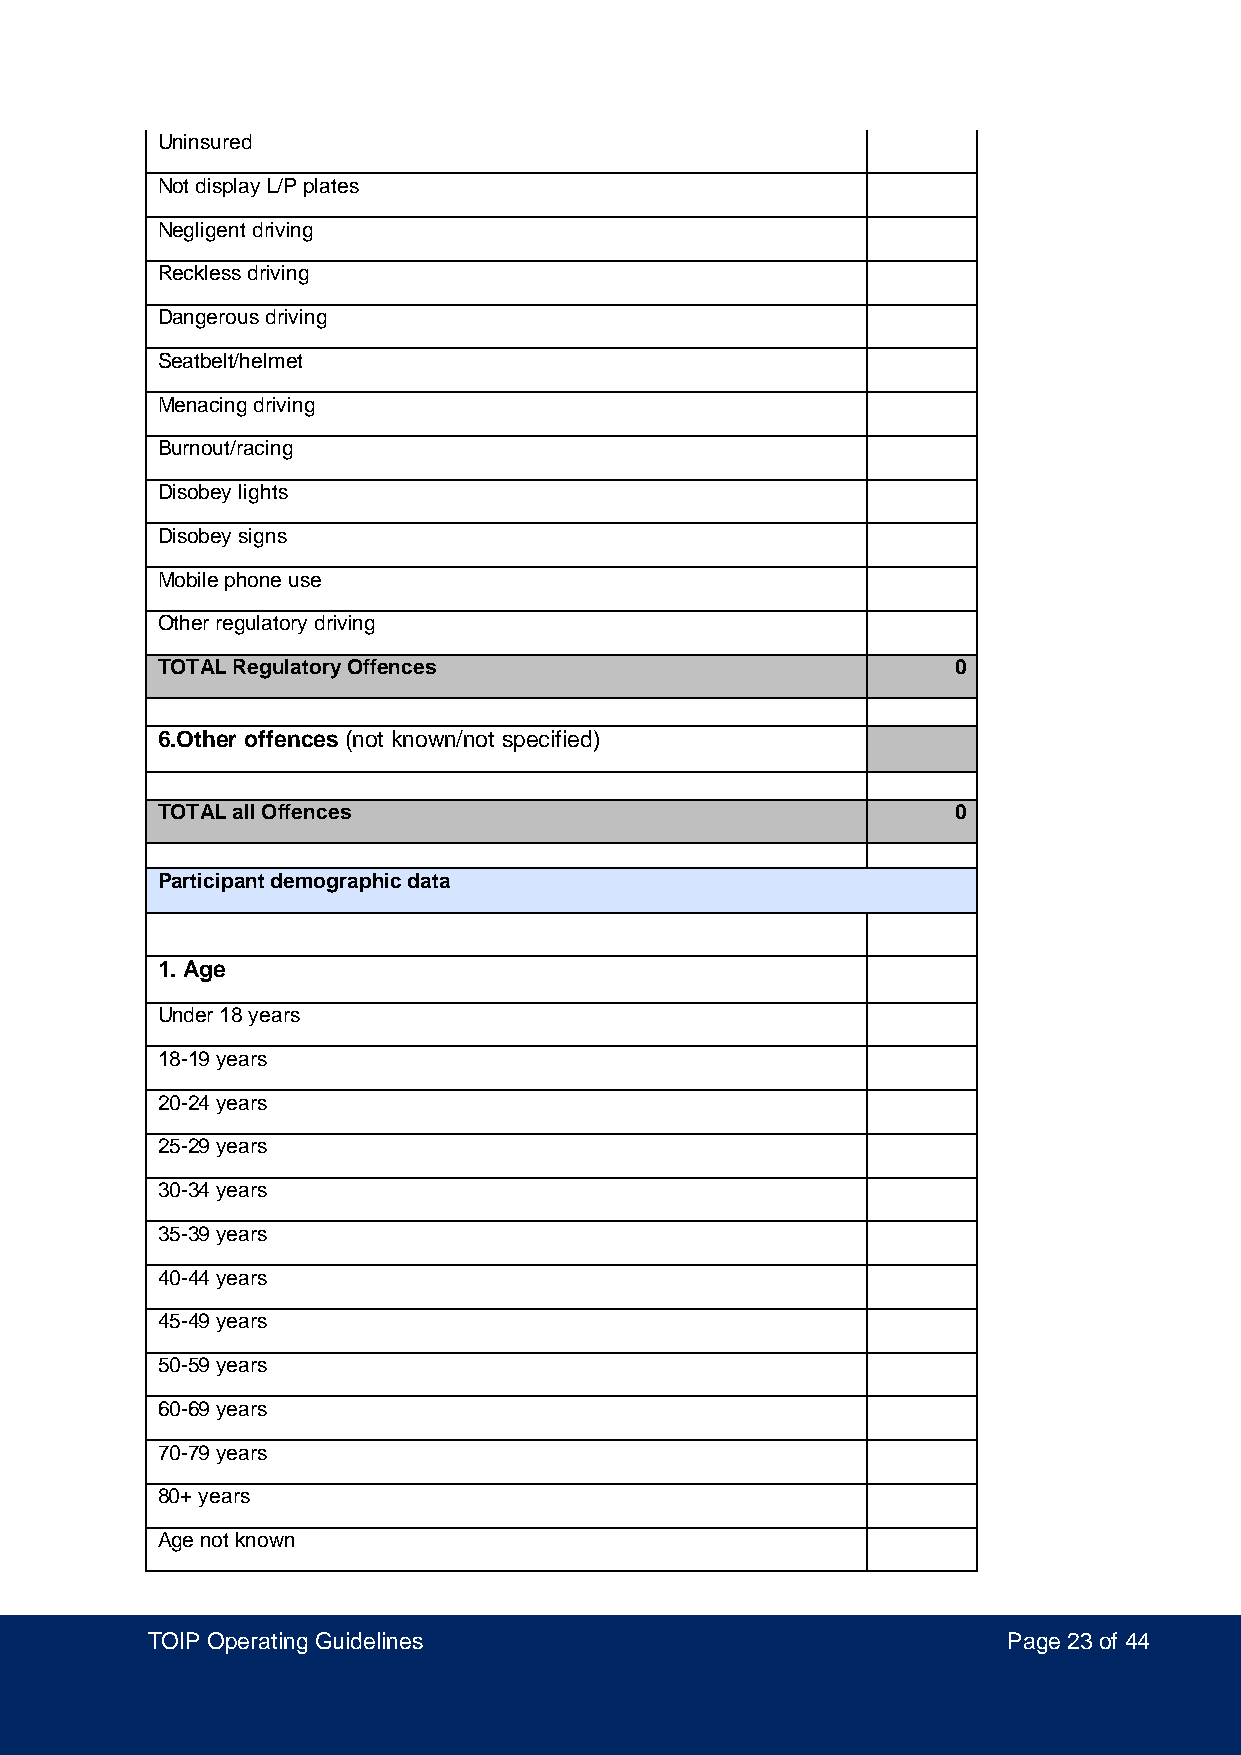
Uninsured
 Not display L/P plates
 Negligent driving
 Reckless driving
 Dangerous driving
 Seatbelt/helmet
 Menacing driving
 Burnout/racing
 Disobey lights
 Disobey signs
 Mobile phone use
 Other regulatory driving
 TOTAL Regulatory Offences                            0
 6.Other offences (not known/not specified)
 TOTAL all Offences                                   0
 Participant demographic data
 1. Age
 Under 18 years
 18-19 years
 20-24 years
 25-29 years
 30-34 years
 35-39 years
 40-44 years
 45-49 years
 50-59 years
 60-69 years
 70-79 years
 80+ years
 Age not known
 TOIP Operating Guidelines                                Page 23 of 44